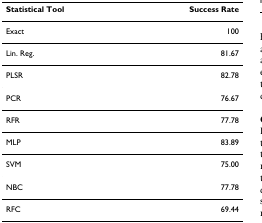
| Statistical Tool | Success Rate |
 | --- | --- |
 | Exact | 100 |
 | Lin. Reg. | 81.67 |
 | PLSR | 82.78 |
 | PCR | 76.67 |
 | RFR | 77.78 |
 | MLP | 83.89 |
 | SVM | 75.00 |
 | NBC | 77.78 |
 | RFC | 69.44 |